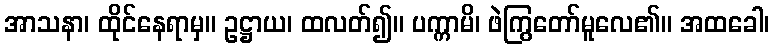
အာသနာ၊ ထိုင်နေရာမှ။ ဥဋ္ဌာယ၊ ထလတ်၍။ ပက္ကာမိ၊ ဖဲကြွတော်မူလေ၏။ အထခေါ၊